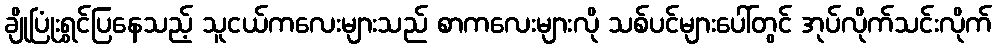
ချိုပြုံးရွှင်ပြနေသည့် သူငယ်ကလေးများသည် စာကလေးများလို သစ်ပင်များပေါ်တွင် အုပ်လိုက်သင်းလိုက်